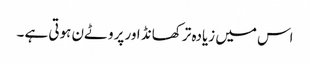
اس میں زیادہ تر کھانڈ اور پروٹےن ہوتی ہے ۔